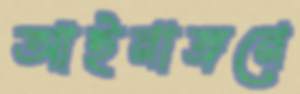
আইনাঙ্গনে